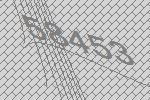
58453